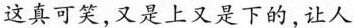
这真可笑，又是上又是下的，让人